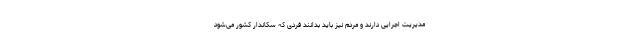
مدیریت اجرایی دارند و مردم نیز باید بدانند فردی که سکاندار کشور می‌شود